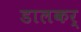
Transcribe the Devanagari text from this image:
डालकर्